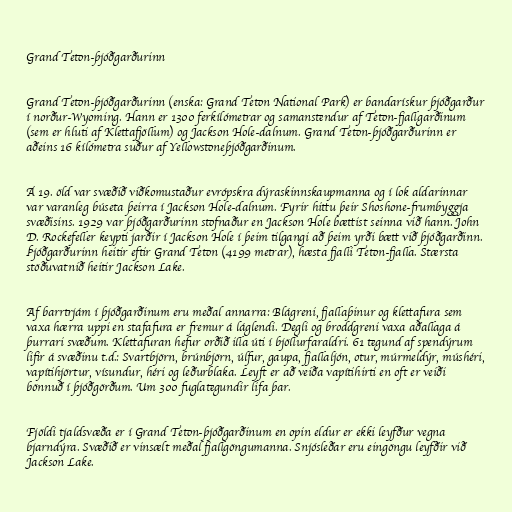
Grand Teton-þjóðgarðurinn

Grand Teton-þjóðgarðurinn (enska: Grand Teton National Park) er bandarískur þjóðgarður
í norður-Wyoming. Hann er 1300 ferkílómetrar og samanstendur af Teton-fjallgarðinum
(sem er hluti af Klettafjöllum) og Jackson Hole-dalnum. Grand Teton-þjóðgarðurinn er
aðeins 16 kílómetra suður af Yellowstoneþjóðgarðinum.

Á 19. öld var svæðið viðkomustaður evrópskra dýraskinnskaupmanna og í lok aldarinnar
var varanleg búseta þeirra í Jackson Hole-dalnum. Fyrir hittu þeir Shoshone-frumbyggja
svæðisins. 1929 var þjóðgarðurinn stofnaður en Jackson Hole bættist seinna við hann. John
D. Rockefeller keypti jarðir í Jackson Hole í þeim tilgangi að þeim yrði bætt við þjóðgarðinn.
Þjóðgarðurinn heitir eftir Grand Teton (4199 metrar), hæsta fjalli Teton-fjalla. Stærsta
stöðuvatnið heitir Jackson Lake.

Af barrtrjám í þjóðgarðinum eru meðal annarra: Blágreni, fjallaþinur og klettafura sem
vaxa hærra uppi en stafafura er fremur á láglendi. Degli og broddgreni vaxa aðallaga á
þurrari svæðum. Klettafuran hefur orðið illa úti í bjöllurfaraldri. 61 tegund af spendýrum
lifir á svæðinu t.d.: Svartbjörn, brúnbjörn, úlfur, gaupa, fjallaljón, otur, múrmeldýr, múshéri,
vapítihjörtur, vísundur, héri og leðurblaka. Leyft er að veiða vapítihirti en oft er veiði
bönnuð í þjóðgörðum. Um 300 fuglategundir lifa þar.

Fjöldi tjaldsvæða er í Grand Teton-þjóðgarðinum en opin eldur er ekki leyfður vegna
bjarndýra. Svæðið er vinsælt meðal fjallgöngumanna. Snjósleðar eru eingöngu leyfðir við
Jackson Lake.